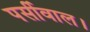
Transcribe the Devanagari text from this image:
पर्सीवाल।